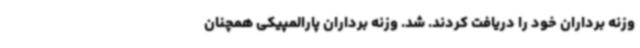
وزنه برداران خود را دریافت کردند. شد. وزنه برداران پارالمپیکی همچنان